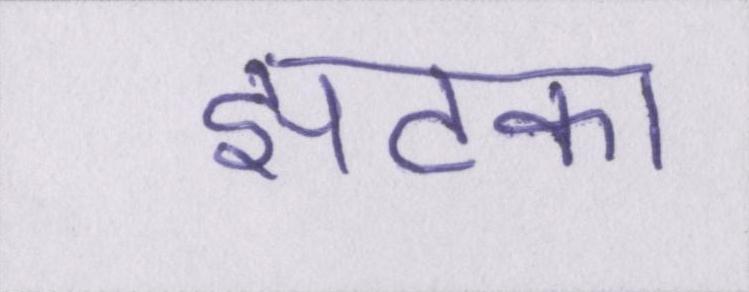
झटका